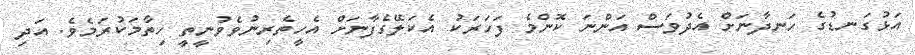
އަޅުގަނޑުގެ ހަނދާނަށް އެދުވަސް އަންނަ ކޮންމެ ފަހަރަކު އެކަލޭގެފާނަށް އެހީތެރިނުވެވުނީތީ ހިތާމަކުރަމެވެ. އަދި